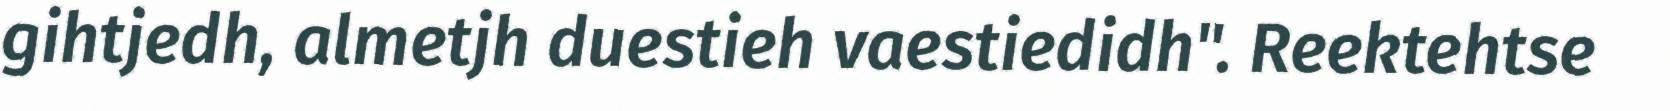
gihtjedh, almetjh duestieh vaestiedidh". Reektehtse